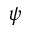
\psi